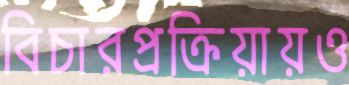
বিচারপ্রক্রিয়ায়ও